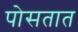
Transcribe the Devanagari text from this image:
पोसतात